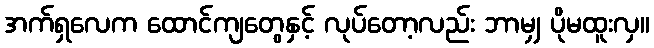
အက်ရှလေက ထောင်ကျတွေနှင့် လုပ်တော့လည်း ဘာမျှ ပိုမထူးလှ။